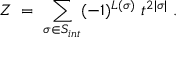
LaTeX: Z \; = \; \sum _ { \sigma \in { \cal S } _ { i n t } } ( - 1 ) ^ { L ( \sigma ) } \; t ^ { 2 | \sigma | } \; .